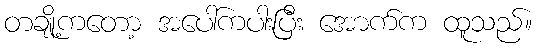
တချို့ကတော့ အပေါ်ကပါးပြီး အောက်က ထူသည်။